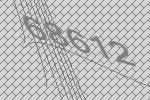
68612